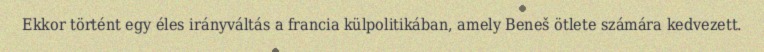
Ekkor történt egy éles irányváltás a francia külpolitikában, amely Beneš ötlete számára kedvezett.